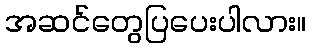
အဆင်တွေပြပေးပါလား။